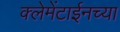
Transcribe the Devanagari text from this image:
क्लेमेंटाईनच्या